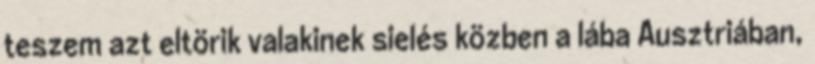
teszem azt eltörik valakinek sielés közben a lába Ausztriában,